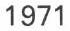
1971